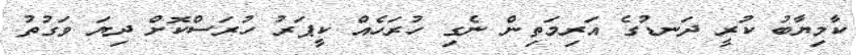
ކާމިޔާބު ކުރީ ދަނޑުގެ އަރިމަތިން ނެގި ހުރަހެއް ކީޕަރު ހުރަސްކޮށް ދިޔަ ވަގުތު